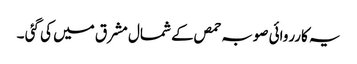
یہ کارروائی صوبہ حمص کے شمال مشرق میں کی گئی ۔